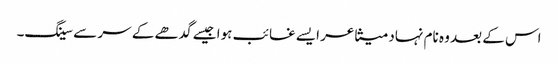
اس کے بعد وہ نام نہاد متشاعر ایسے غائب ہوا جیسے گدھے کے سر سے سینگ۔